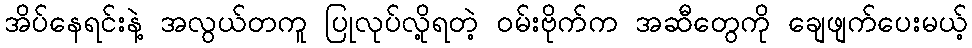
အိပ်နေရင်းနဲ့ အလွယ်တကူ ပြုလုပ်လို့ရတဲ့ ဝမ်းဗိုက်က အဆီတွေကို ချေဖျက်ပေးမယ့်